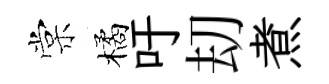
棠橘吁刧煮